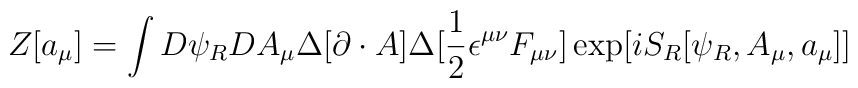
Z[a_{\mu}]=\int D \psi_{R} D A_{\mu}\Delta [\partial \cdot A]\Delta[\frac {1}{2} \epsilon^{\mu \nu} F_{\mu \nu}] \exp[i S_{R}[\psi_{R},A_{\mu},a_{\mu}]]